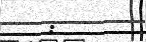
: